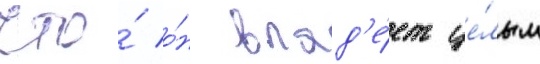
что́ о́н влад'е́ет це́лым